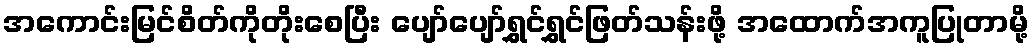
အကောင်းမြင်စိတ်ကိုတိုးစေပြီး ပျော်ပျော်ရွှင်ရွှင်ဖြတ်သန်းဖို့ အထောက်အကူပြုတာမို့